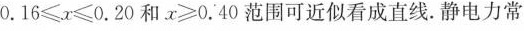
$$0 . 1 6 ≤ x ≤ 0 . 2 0$$和$$x ≥ 0 . 4 0$$范围可近似看成直线。静电力常